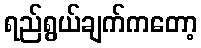
ရည်ရွယ်ချက်ကတော့